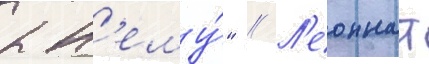
к н'ему́" // Л'еоннат